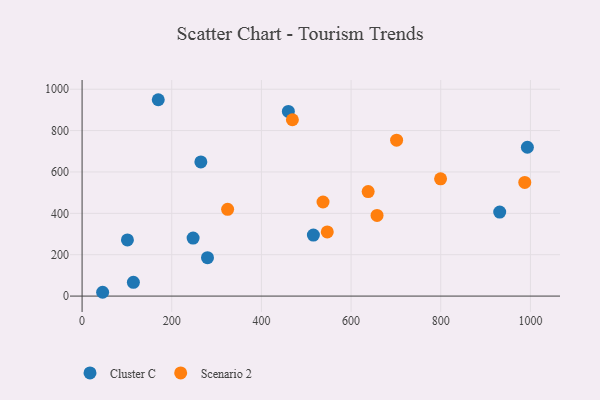
{"axis": {"x": "Ad Spend", "y": "Demand"}, "legend": ["Cluster C", "Scenario 2"], "data": [{"x": "45.8", "y": 18.4, "type": "Cluster C"}, {"x": "101.1", "y": 271.2, "type": "Cluster C"}, {"x": "169.9", "y": 949.1, "type": "Cluster C"}, {"x": "247.6", "y": 280.3, "type": "Cluster C"}, {"x": "993.2", "y": 719.3, "type": "Cluster C"}, {"x": "515.9", "y": 294.8, "type": "Cluster C"}, {"x": "460.1", "y": 892.7, "type": "Cluster C"}, {"x": "279.7", "y": 185.6, "type": "Cluster C"}, {"x": "931.5", "y": 405.9, "type": "Cluster C"}, {"x": "114.4", "y": 66.4, "type": "Cluster C"}, {"x": "264.9", "y": 648.4, "type": "Cluster C"}, {"x": "537.4", "y": 454.8, "type": "Scenario 2"}, {"x": "638.1", "y": 505.1, "type": "Scenario 2"}, {"x": "324.6", "y": 419.4, "type": "Scenario 2"}, {"x": "987.4", "y": 549.3, "type": "Scenario 2"}, {"x": "799.6", "y": 566.7, "type": "Scenario 2"}, {"x": "469.1", "y": 852.2, "type": "Scenario 2"}, {"x": "657.9", "y": 389.8, "type": "Scenario 2"}, {"x": "546.9", "y": 310.1, "type": "Scenario 2"}, {"x": "701.5", "y": 753.4, "type": "Scenario 2"}]}